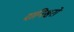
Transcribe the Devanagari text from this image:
दानिश्वरों